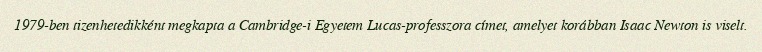
1979-ben tizenhetedikként megkapta a Cambridge-i Egyetem Lucas-professzora címet, amelyet korábban Isaac Newton is viselt.